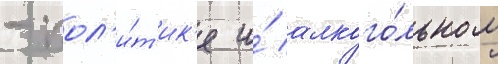
- пол'и́т'ик'е и́ алкого́льном